Senior Leaving Certificate Examination (including Day School Certificate (Higher) General paper), 1948
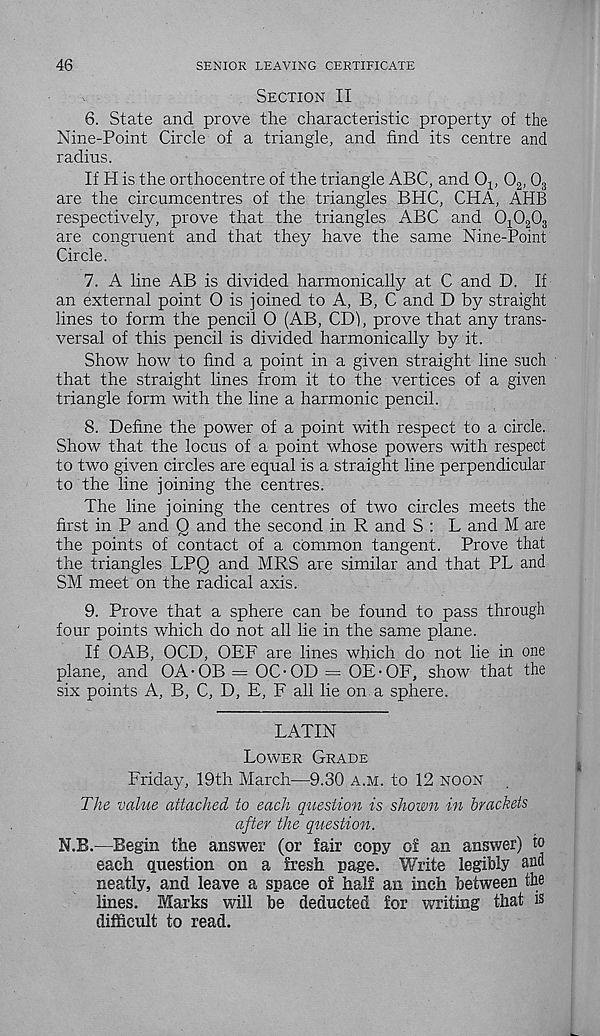
46
SENIOR LEAVING CERTIFICATE
Section II
6. State and prove the characteristic property of the
Nine-Point Circle of a triangle, and find its centre and
radius.
If H is the orthocentre of the triangle ABC, and O-l, 0 2 , 0 3
are the circumcentres of the triangles BHC, CHA, AHB
respectively, prove that the triangles ABC and OjC^Og
are congruent and that they have the same Nine-Point
Circle.
7. A line AB is divided harmonically at C and D. If
an external point O is joined to A, B, C and D by straight
lines to form the pencil O (AB, CD), prove that any trans-
versal of this pencil is divided harmonically by it.
Show how to find a point in a given straight line such
that the straight lines from it to the vertices of a given
triangle form with the line a harmonic pencil.
8. Define the power of a point with respect to a circle.
Show that the locus of a point whose powers with respect
to two given circles are equal is a straight line perpendicular
to the line joining the centres.
The line joining the centres of two circles meets the
first in P and Q and the second in R and S : L and M are
the points of contact of a common tangent. Prove that
the triangles LPQ and MRS are similar and that PL and
SM meet on the radical axis.
9. Prove that a sphere can be found to pass through
four points which do not all lie in the same plane.
If OAB, OCD, OEF are lines which do not lie in one
plane, and OA-OB — OC-OD = OE-OF, show that the
six points A, B, C, D, E, F all lie on a sphere.
LATIN
Lower Grade
Friday, 19th March—9.30 a.m. to 12 noon
The value attached to each question is shown in brackets
after the question.
N.B.—Begin the answer (or fair copy of an answer) to
each question on a fresh page. Write legibly and
neatly, and leave a space of half an inch between the
lines. Blanks will be deducted for writing that is
difficult to read.